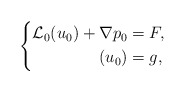
\begin{align*}\left\{\aligned\mathcal{L}_0 (u_0) +\nabla p_0 & = F,\\ (u_0) & =g,\endaligned\right.\end{align*}